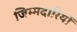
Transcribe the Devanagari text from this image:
जिम्मदारियों